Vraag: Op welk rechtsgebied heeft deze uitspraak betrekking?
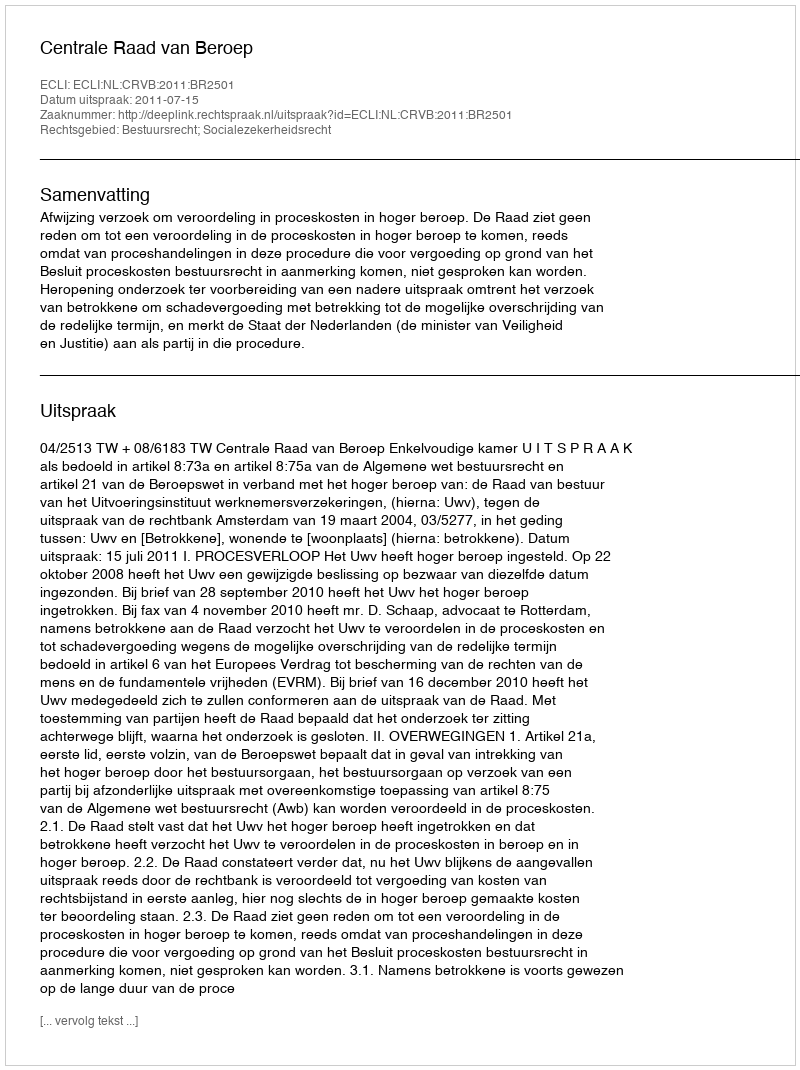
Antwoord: Bestuursrecht; Socialezekerheidsrecht